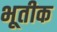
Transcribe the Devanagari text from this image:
भूतीक